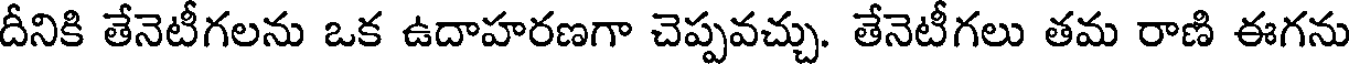
దీనికి తేనెటీగలను ఒక ఉదాహరణగా చెప్పవచ్చు. తేనెటీగలు తమ రాణి ఈగను